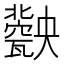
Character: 𤮤